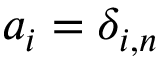
a _ { i } = \delta _ { i , n }